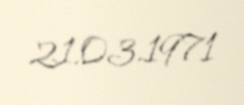
21.03.1971